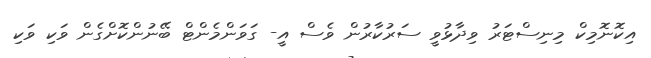
އިކޮނޮމިކް މިނިސްޓަރު ވިދާޅުވީ ސަރުކާރުން ވެސް އީ- ގަވަންމެންޓް ބޭނުންކޮށްގެން ވަކި ވަކި